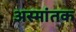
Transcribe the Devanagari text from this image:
अस्मांतक